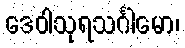
ဒေဝါသုရသင်္ဂါမော၊